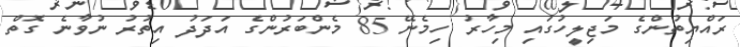
ރައްޔިތުންގެ މަޖިލީހުގައި މިހާރު ހިމެނޭ 85 މެންބަރުންގެ އަދަދު އިތުރު ނުވާނެ ގޮތް